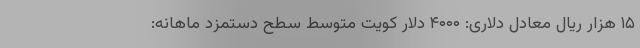
۱۵ هزار ریال معادل دلاری: ۴۰۰۰ دلار کویت متوسط سطح دستمزد ماهانه: